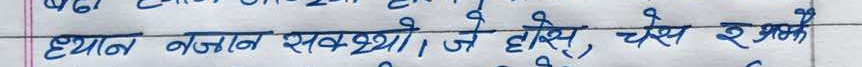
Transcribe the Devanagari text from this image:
ध्यान नजान सक्थ्यो। जे होस्, चेस र अन्य